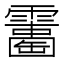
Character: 𩆘